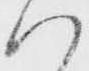
ハ